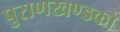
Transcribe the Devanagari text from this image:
पुराणखण्डको